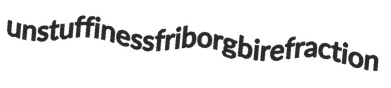
unstuffiness friborg birefraction